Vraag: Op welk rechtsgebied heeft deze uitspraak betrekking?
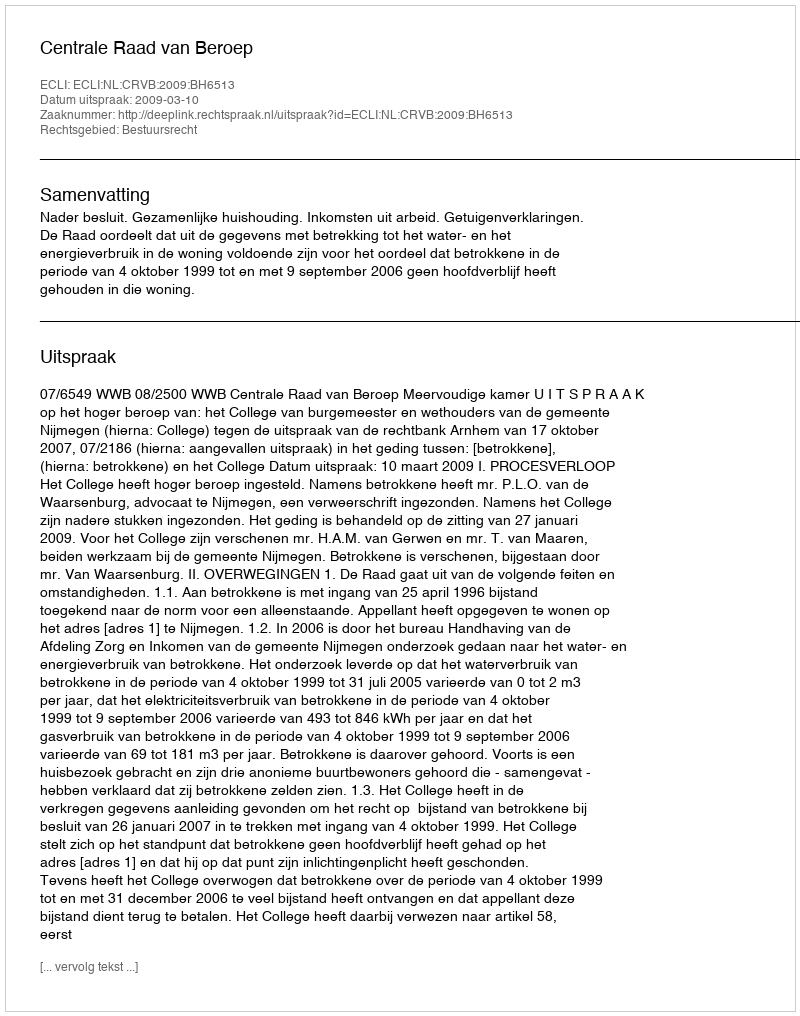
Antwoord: Bestuursrecht